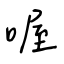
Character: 喔